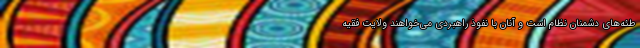
طئه‌های دشمنان نظام است و آنان با نفوذ راهبردی می‌خواهند ولایت فقیه